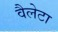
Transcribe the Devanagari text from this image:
वैलेटा